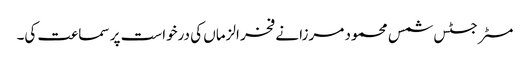
مسٹر جسٹس شمس محمود مرزا نے فخر الزماں کی درخواست پر سماعت کی۔